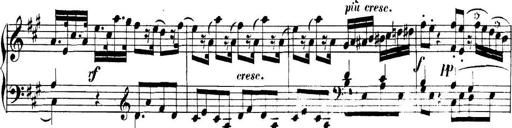
Title: Collected Piano Sonatas
Composer: Muzio Clementi